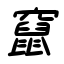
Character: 竄